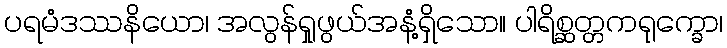
ပရမံဒဿနိယော၊ အလွန်ရှုဖွယ်အနံ့ရှိသော။ ပါရိစ္ဆတ္တကရုက္ခော၊